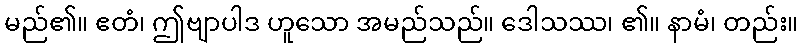
မည်၏။ ဧတံ၊ ဤဗျာပါဒ ဟူသော အမည်သည်။ ဒေါသဿ၊ ၏။ နာမံ၊ တည်း။